Calcutta medical institutions reports 1879-81 [i.e.91]
Year: 1879
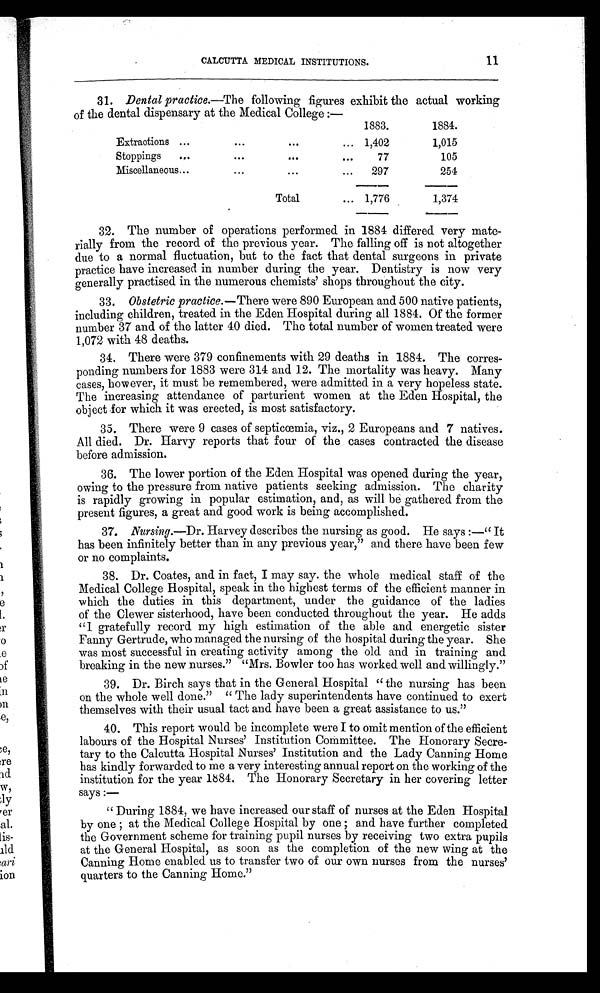
11
CALCUTTA MEDICAL INSTITUTIONS.
31. Dental practice.—The following figures exhibit the actual working
of the dental dispensary at the Medical College :—
1883.
1884.
Extractions ...
...
...
... 1,402
1,015
Stoppings
...
...
...
. . .
77
105
Miscellaneous...
...
. . .
. . .
297
254
Total
... 1,776
1,374
32. The number of operations performed in 1884 differed very mate-
rially from the record of the previous year. The falling off is not altogether
due to a normal fluctuation, but to the fact that dental surgeons in private
practice have increased in number during the year. Dentistry is now very
generally practised in the numerous chemists' shops throughout the city.
33. Obstetric practice. —There were 890 European and 500 native patients,
including children, treated in the Eden Hospital during all 1884. Of the former
number 37 and of the latter 40 died. The total number of women treated were
1,072 with 48 deaths.
34. There were 379 confinements with 29 deaths in 1884. The corres-
ponding numbers for 1883 were 314 and 12. The mortality was heavy. Many
cases, however, it must be remembered, were admitted in a very hopeless state.
The increasing attendance of parturient women at the Eden Hospital, the
object for which it was erected, is most satisfactory.
35. There were 9 cases of septicœmia, viz., 2 Europeans and 7 natives.
All died. Dr. Harvy reports that four of the cases contracted the disease
before admission.
36. The lower portion of the Eden Hospital was opened during the year,
owing to the pressure from native patients seeking admission. The charity
is rapidly growing in popular estimation, and, as will be gathered from the
present figures, a great and good work is being accomplished.
37. Nursing.—Dr. Harvey describes the nursing as good. He says :—" It
has been infinitely better than in any previous year," and there have been few
or no complaints.
38. Dr. Coates, and in fact, I may say. the whole medical staff of the
Medical College Hospital, speak in the highest terms of the efficient manner in
which the duties in this department, under the guidance of the ladies
of the Clewer sisterhood, have been conducted throughout the year. He adds
" I gratefully record my high estimation of the able and energetic sister
Fanny Gertrude, who managed the nursing of the hospital during the year. She
was most successful in creating activity among the old and in training and
breaking in the new nurses." "Mrs. Bowler too has worked well and willingly."
39. Dr. Birch says that in the General Hospital " the nursing has been
on the whole well done." " The lady superintendents have continued to exert
themselves with their usual tact and have been a great assistance to us."
40. This report would be incomplete were I to omit mention of the efficient
labours of the Hospital Nurses' Institution Committee. The Honorary Secre-
tary to the Calcutta Hospital Nurses' Institution and the Lady Canning Home
has kindly forwarded to me a very interesting annual report on the working of the
institution for the year 1884. The Honorary Secretary in her covering letter
says :—
" During 1884, we have increased our staff of nurses at the Eden Hospital
b y o n e ; a t t h e M e d i c a l C o l l e g e H o s p i t a l b y o n e ; a n d h a v e f u r t h e r c o m p l e t e d
the Government scheme for training pupil nurses by receiving two extra pupils
at the General Hospital, as soon as the completion of the new wing at the
Canning Home enabled us to transfer two of our own nurses from the nurses'
quarters to the Canning Home."